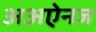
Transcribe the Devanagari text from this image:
अअऐनज